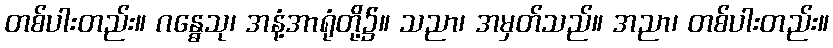
တစ်ပါးတည်း။ ဂန္ဓေသု၊ အနံ့အာရုံတို့၌။ သညာ၊ အမှတ်သည်။ အညာ၊ တစ်ပါးတည်း။